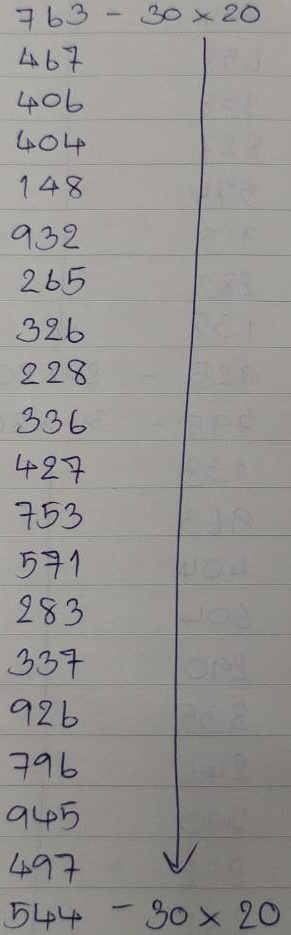
763 - 30 x 20
467 - 30 x 20
406 - 30 x 20
404 - 30 x 20
148 - 30 x 20
932 - 30 x 20
265 - 30 x 20
326 - 30 x 20
228 - 30 x 20
336 - 30 x 20
427 - 30 x 20
753 - 30 x 20
571 - 30 x 20
283 - 30 x 20
337 - 30 x 20
926 - 30 x 20
796 - 30 x 20
945 - 30 x 20
497 - 30 x 20
544 - 30 x 20